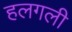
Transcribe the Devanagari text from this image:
हलगली